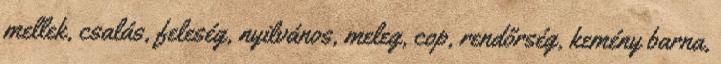
mellek, csalás, feleség, nyilvános, meleg, cop, rendőrség, kemény barna,